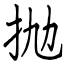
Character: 抛